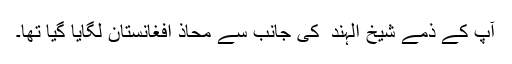
آپ کے ذمے شیخ الہند ؒ کی جانب سے محاذِ افغانستان لگایا گیا تھا۔